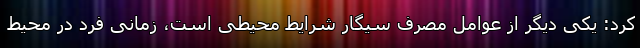
کرد: یکی دیگر از عوامل مصرف سیگار شرایط محیطی است، زمانی فرد در محیط